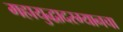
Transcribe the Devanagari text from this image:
महायुद्धादरम्यानचा